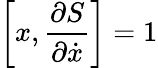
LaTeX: \left[x,{\frac{\partial S}{\partial{\dot{x}}}}\right]=1